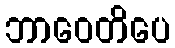
ဘာဝေတိပေ